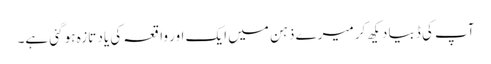
آپ کی ڈبیا دیکھ کر میرے ذہن میں ایک اور واقعہ کی یاد تازہ ہو گئی ہے۔